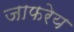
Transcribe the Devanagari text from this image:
जाफरेय